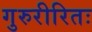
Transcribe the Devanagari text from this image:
गुरुरीरितः